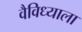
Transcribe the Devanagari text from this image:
वैविध्याला